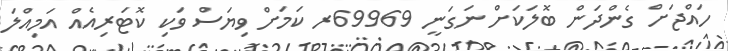
ހައްޖަށް ގެންދަން ބޮލަކަށް ނަގަނީ 69969ރ ކަމަށް ވިޔަސް ވަކި ކޮޓަރިއެއް އަމިއްލަ